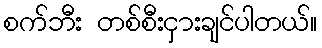
စက်ဘီး တစ်စီးငှားချင်ပါတယ်။